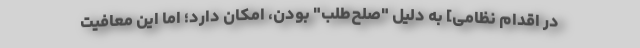
در اقدام نظامی] به دلیل "صلح‌طلب" بودن، امکان دارد؛ اما این معافیت